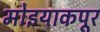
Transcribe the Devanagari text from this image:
मोइयाकपूर